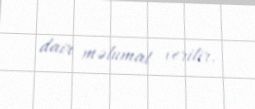
dair məlumat verilir.